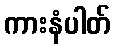
ကားနံပါတ်